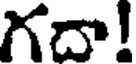
గదా!